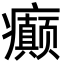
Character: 癫